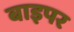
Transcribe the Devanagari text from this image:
बाइपर